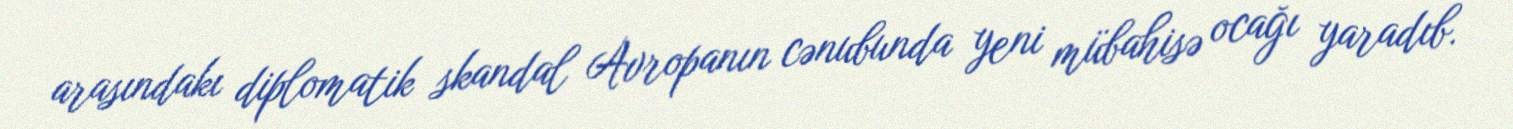
arasındakı diplomatik skandal Avropanın cənubunda yeni mübahisə ocağı yaradıb.